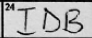
Transcription: IDB